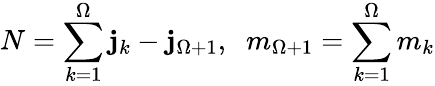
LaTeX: N=\sum_{k=1}^{\Omega}\mathbf{j}_{k}-\mathbf{j}_{\Omega+1},\; \; m_{\Omega+1}=\sum_{k=1}^{\Omega}m_{k}